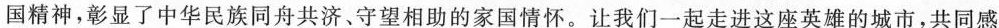
国力量、中国精神，彰显了中华民族同舟共济、守望相助的家国情怀。让我们一起走进这座英雄的城市，共同感